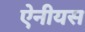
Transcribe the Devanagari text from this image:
ऐनीयस